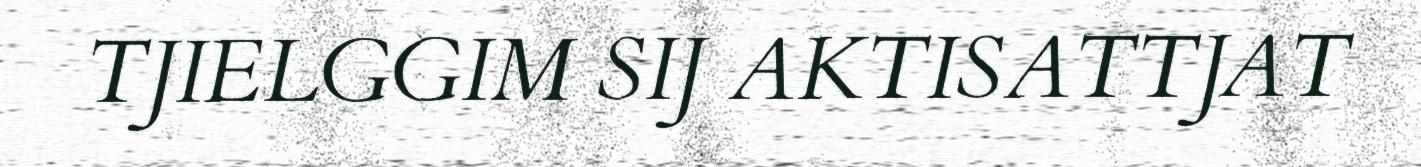
TJIELGGIM SIJ AKTISATTJAT